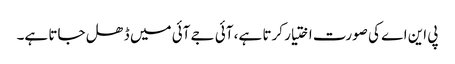
پی این اے کی صورت اختیار کرتا ہے، آئی جے آئی میں ڈھل جاتا ہے۔